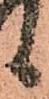
候